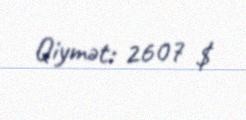
Qiymət: 2607 $